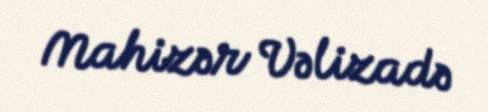
Mahizər Vəlizadə